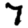
Digit: 7